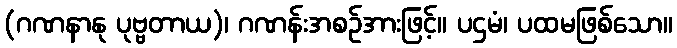
(ဂဏနာနု ပုဗ္ဗတာယ)၊ ဂဏန်းအစဉ်အားဖြင့်။ ပဌမံ၊ ပထမဖြစ်သော။